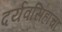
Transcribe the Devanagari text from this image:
दर्यवसिहांचा